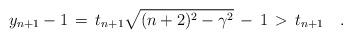
LaTeX: \begin{align*} y_{n+1}-1\,=\,t_{n+1}\sqrt{(n+2)^2-\gamma^2}\,-\,1\,>\,t_{n+1}\quad.\end{align*}